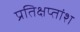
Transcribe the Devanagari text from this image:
प्रतिक्षप्तांश